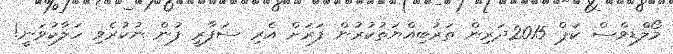
މޯލްޑިވްސް ކަޕް 2015ދަރިން ތަރުބިއްޔަތުކުރުން ފަރަށް އެރި ސަފާރީ ފުން ނުކުރެވި ހަލާކުވަނީ!